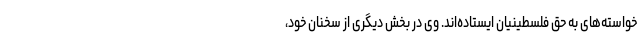
خواسته‌های به حق فلسطینیان ایستاده‌اند. وی در بخش دیگری از سخنان خود،